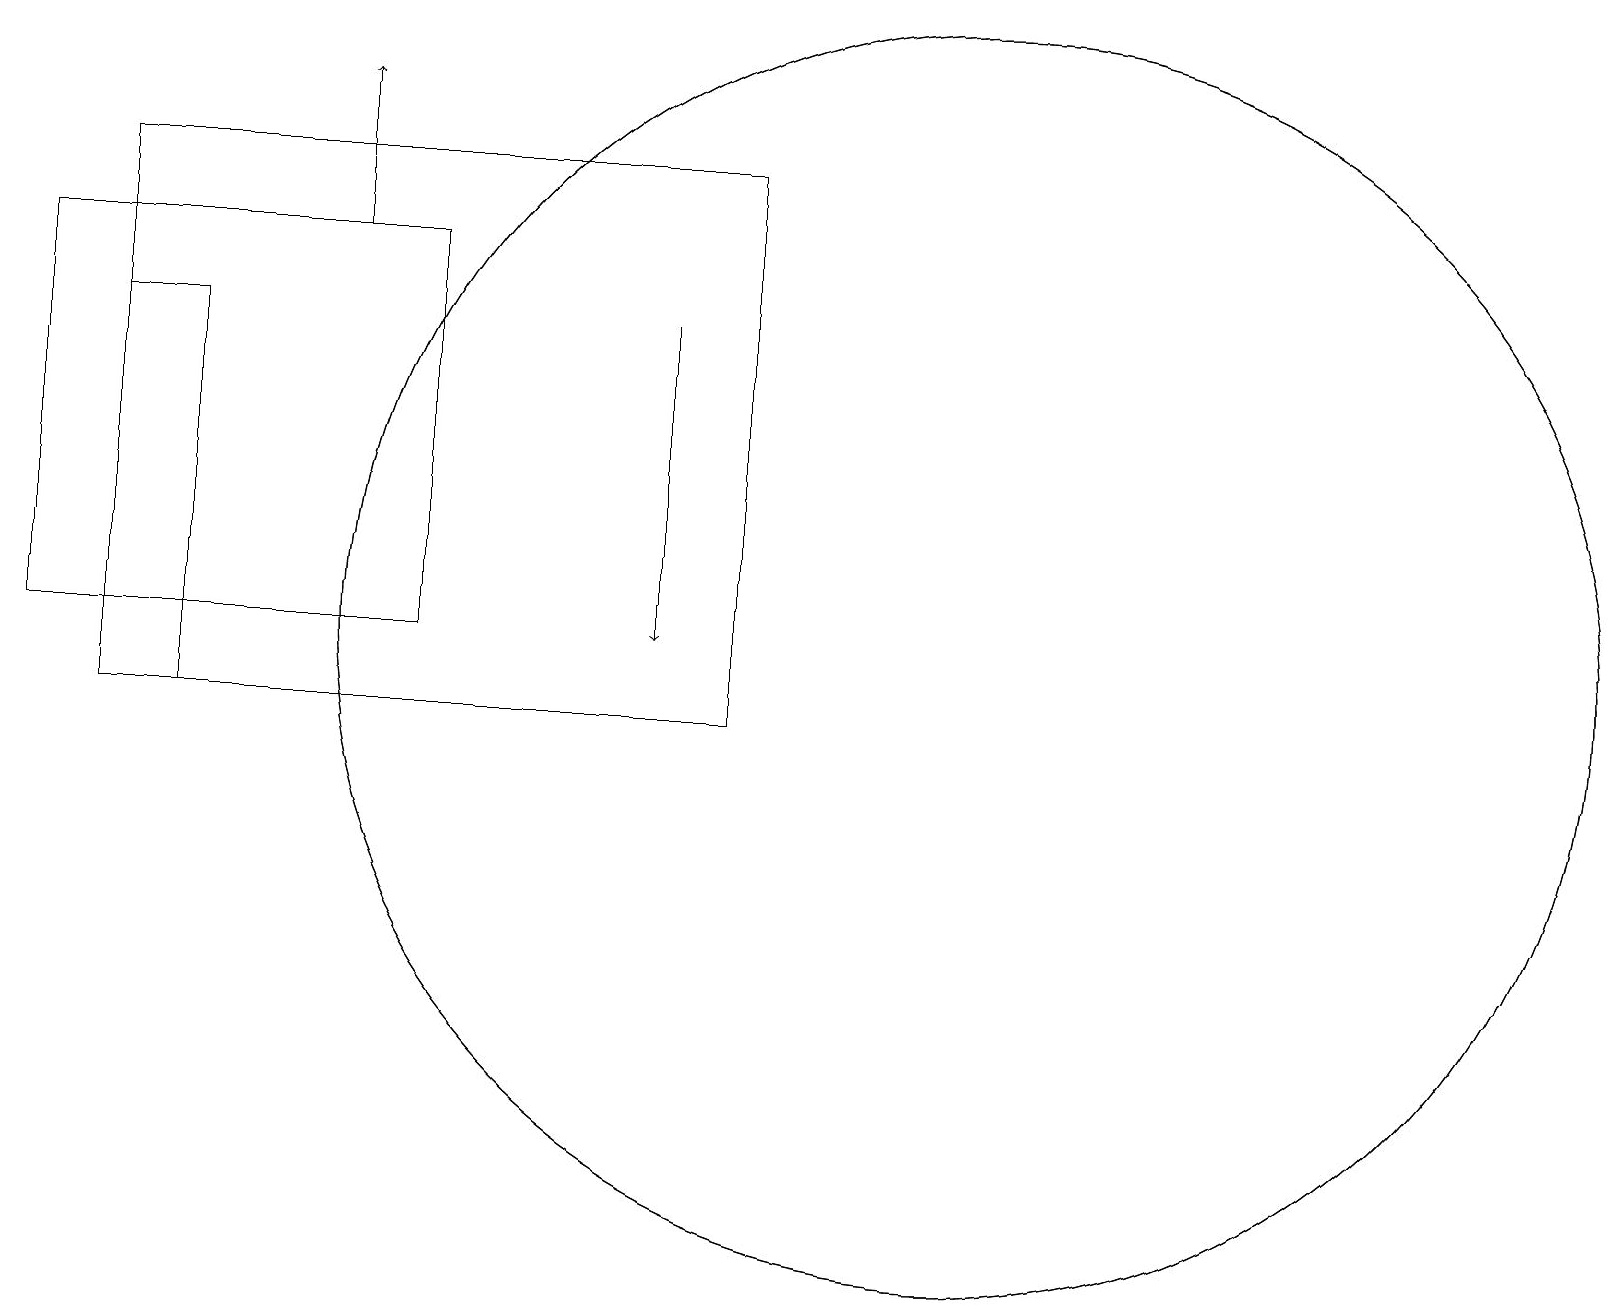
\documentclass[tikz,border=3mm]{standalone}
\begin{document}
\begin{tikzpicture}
\draw (1,10) rectangle (3,10);
\draw[->] (4,16) -- (4,18);
\draw (5,11) rectangle (0,16);
\draw (12,11) circle (8);
\draw[->] (8,15) -- (8,11);
\draw (12,11) circle (8);
\draw (1,10) rectangle (9,17);
\draw (1,10) rectangle (2,15);
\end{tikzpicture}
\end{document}